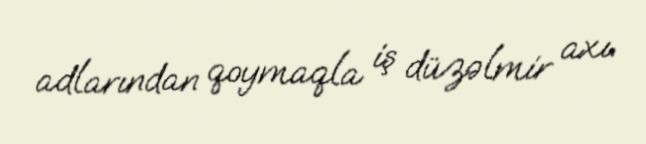
adlarından qoymaqla iş düzəlmir axı.